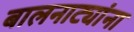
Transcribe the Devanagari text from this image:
बालनाट्यांना